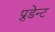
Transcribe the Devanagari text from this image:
प्रुडेन्ट